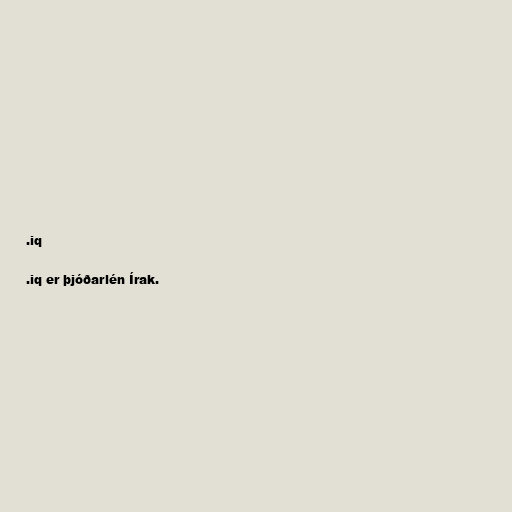
.iq

.iq er þjóðarlén Írak.